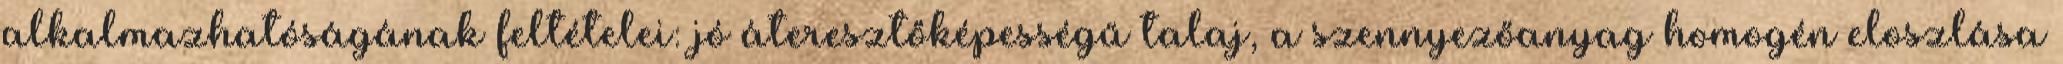
alkalmazhatóságának feltételei: jó áteresztőképességű talaj, a szennyezőanyag homogén eloszlása